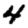
Digit: 4